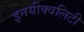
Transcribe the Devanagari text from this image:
इनयीक्वलिटी